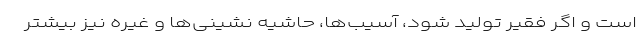
است و اگر فقیر تولید شود، آسیب‌ها، حاشیه نشینی‌ها و غیره نیز بیشتر